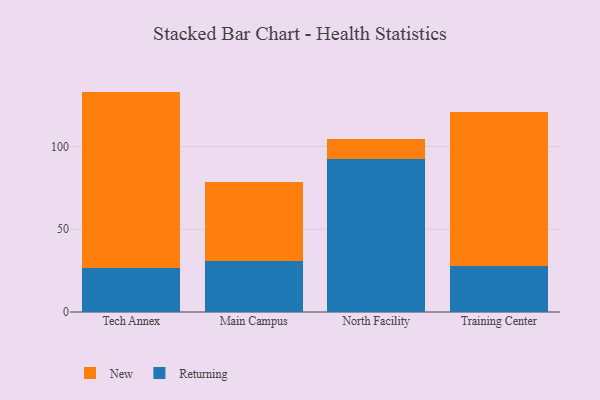
{"axis": {"x": "Campus", "y": "Backlog"}, "legend": ["New", "Returning"], "data": [{"x": "Tech Annex", "y": 26.5, "type": "Returning"}, {"x": "Tech Annex", "y": 106.7, "type": "New"}, {"x": "Main Campus", "y": 31.1, "type": "Returning"}, {"x": "Main Campus", "y": 47.2, "type": "New"}, {"x": "North Facility", "y": 92.5, "type": "Returning"}, {"x": "North Facility", "y": 12.3, "type": "New"}, {"x": "Training Center", "y": 28.0, "type": "Returning"}, {"x": "Training Center", "y": 92.9, "type": "New"}]}